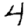
Digit: 4